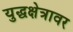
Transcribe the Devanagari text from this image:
युद्धक्षेत्रावर